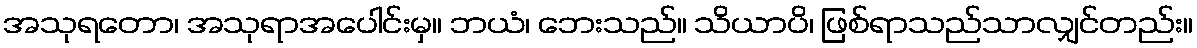
အသုရတော၊ အသုရာအပေါင်းမှ။ ဘယံ၊ ဘေးသည်။ သိယာပိ၊ ဖြစ်ရာသည်သာလျှင်တည်း။